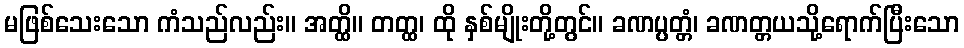
မဖြစ်သေးသော ကံသည်လည်း။ အတ္ထိ။ တတ္ထ၊ ထို နှစ်မျိုးတို့တွင်။ ခဏပ္ပတ္တံ၊ ခဏတ္တယသို့ရောက်ပြီးသော